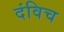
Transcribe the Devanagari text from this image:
दंविच